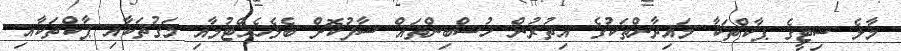
މާލެ ސިޓީގެ ޕާކްތަކާ މައިދާންތަކުގެ އިތުރުން ހުސްބިންތައް ސާފުކޮށް ބެލެހެއްޓުމާއި މަގުތަކާއި ޕާކްތަކާއި